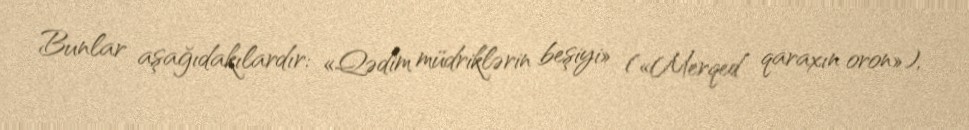
Bunlar aşağıdakılardır: «Qədim müdriklərin beşiyi» («Merqed qaraxın oron»),